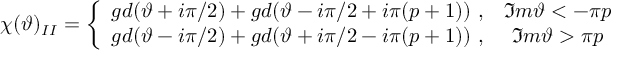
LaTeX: \chi ( \vartheta ) _ { I I } = \left\{ \begin{array} { c c } { { g d ( \vartheta + i \pi / 2 ) + g d ( \vartheta - i \pi / 2 + i \pi ( p + 1 ) ) \, \, , } } & { { \Im m \vartheta < - \pi p } } \\ { { g d ( \vartheta - i \pi / 2 ) + g d ( \vartheta + i \pi / 2 - i \pi ( p + 1 ) ) \, \, , } } & { { \Im m \vartheta > \pi p } } \end{array} \right.